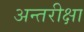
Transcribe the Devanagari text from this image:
अन्तरीक्षा